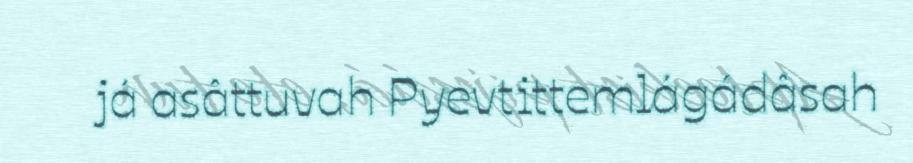
já asâttuvah Pyevtittemlágádâsah